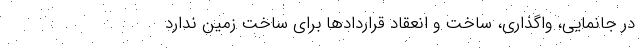
در جانمایی، واگذاری، ساخت و انعقاد قراردادها برای ساخت زمین ندارد